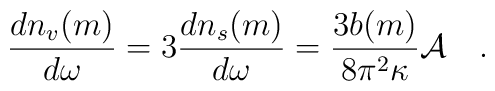
{dn_v(m) \over d\omega}=3{dn_s(m) \over d\omega}={3b(m) \over 8\pi^2\kappa} {\cal A}~~~.